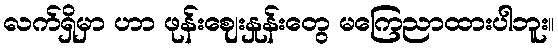
လက်ရှိမှာ ဟာ ဖုန်းဈေးနှုန်းတွေ မကြေညာထားပါဘူး။